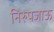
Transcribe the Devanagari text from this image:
निरुपजाऊ